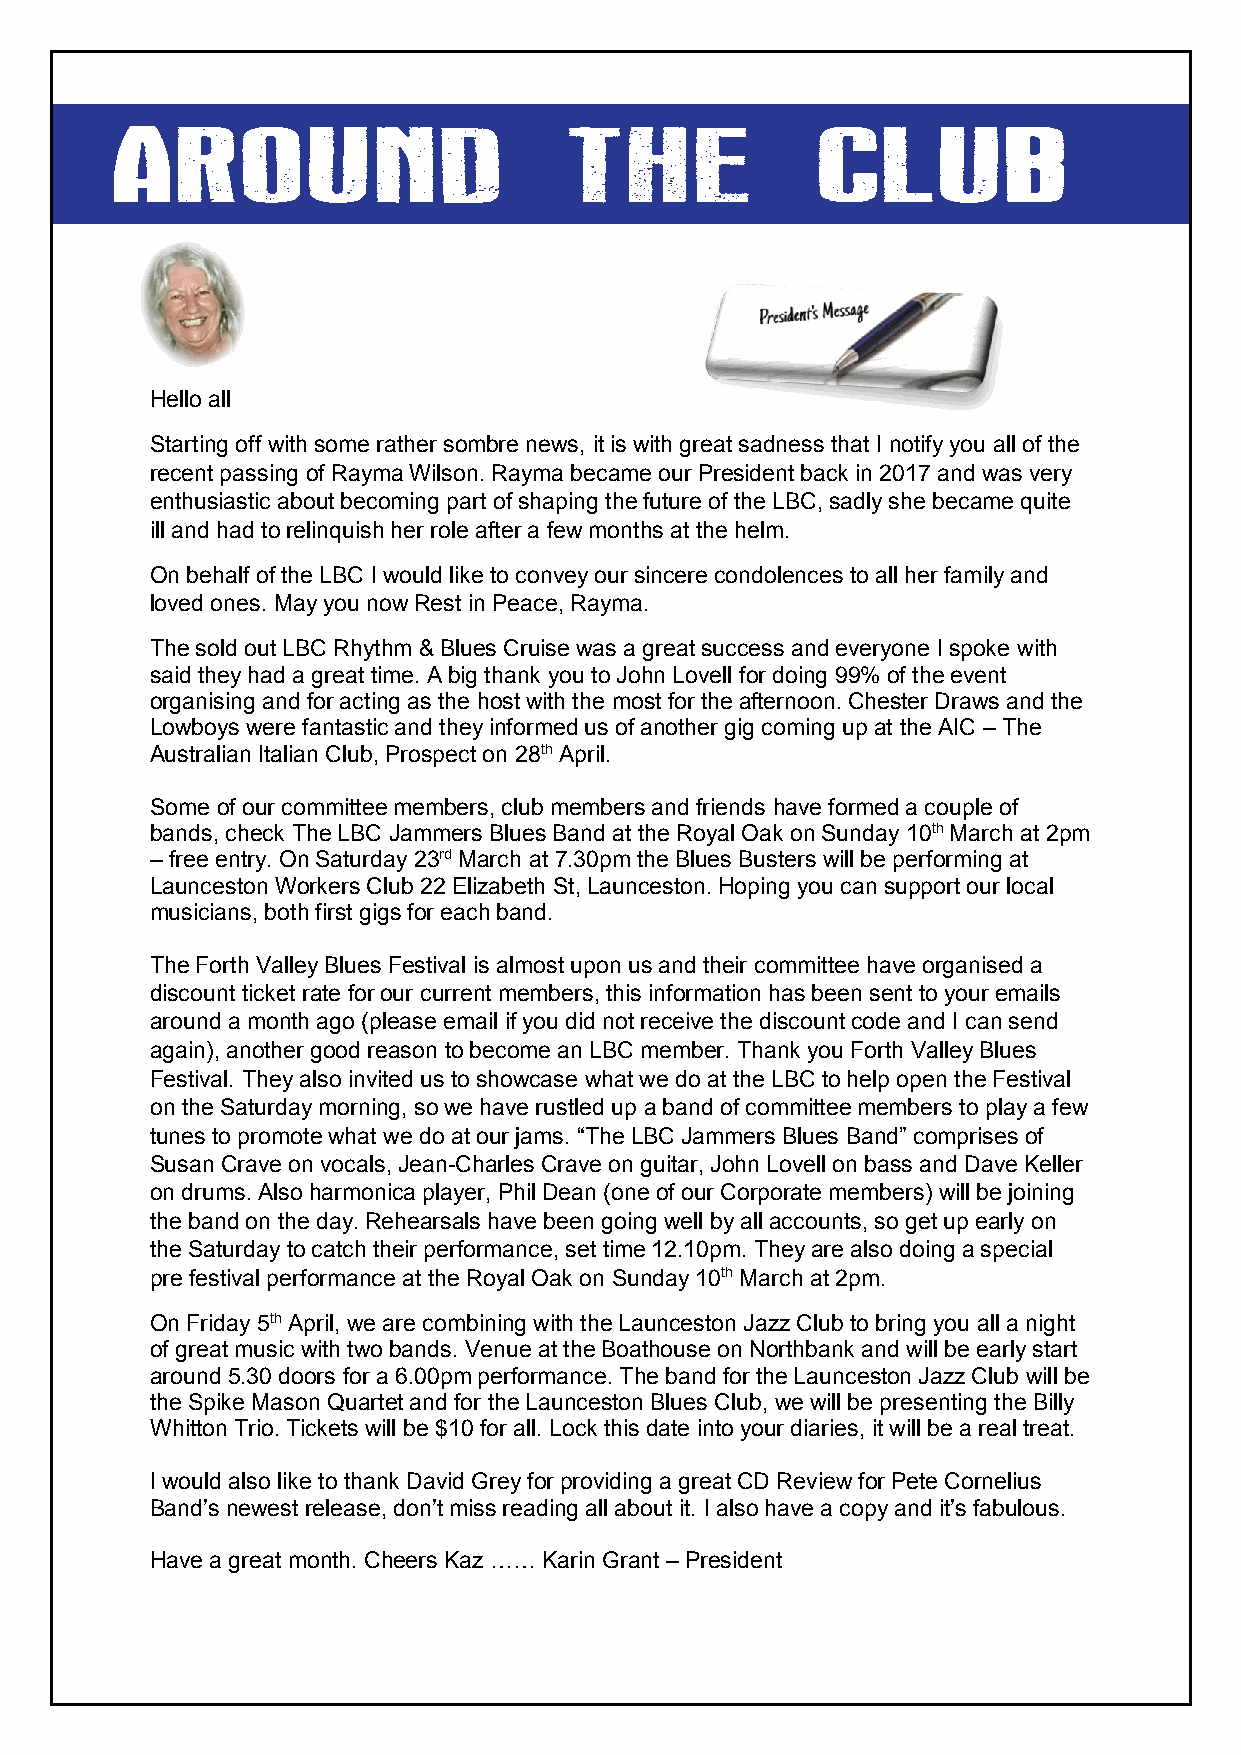
Hello all
 Starting off with some rather sombre news, it is with great sadness that I notify you all of the
 recent passing of Rayma Wilson. Rayma became our President back in 2017 and was very
 enthusiastic about becoming part of shaping the future of the LBC, sadly she became quite
 ill and had to relinquish her role after a few months at the helm.
 On behalf of the LBC I would like to convey our sincere condolences to all her family and
 loved ones. May you now Rest in Peace, Rayma.
 The sold out LBC Rhythm & Blues Cruise was a great success and everyone I spoke with
 said they had a great time. A big thank you to John Lovell for doing 99% of the event
 organising and for acting as the host with the most for the afternoon. Chester Draws and the
 Lowboys were fantastic and they informed us of another gig coming up at the AIC – The
 Australian Italian Club, Prospect on 28th April.
 Some of our committee members, club members and friends have formed a couple of
 bands, check The LBC Jammers Blues Band at the Royal Oak on Sunday 10th March at 2pm
 – free entry. On Saturday 23rd March at 7.30pm the Blues Busters will be performing at
 Launceston Workers Club 22 Elizabeth St, Launceston. Hoping you can support our local
 musicians, both first gigs for each band.
 The Forth Valley Blues Festival is almost upon us and their committee have organised a
 discount ticket rate for our current members, this information has been sent to your emails
 around a month ago (please email if you did not receive the discount code and I can send
 again), another good reason to become an LBC member. Thank you Forth Valley Blues
 Festival. They also invited us to showcase what we do at the LBC to help open the Festival
 on the Saturday morning, so we have rustled up a band of committee members to play a few
 tunes to promote what we do at our jams. “The LBC Jammers Blues Band” comprises of
 Susan Crave on vocals, Jean-Charles Crave on guitar, John Lovell on bass and Dave Keller
 on drums. Also harmonica player, Phil Dean (one of our Corporate members) will be joining
 the band on the day. Rehearsals have been going well by all accounts, so get up early on
 the Saturday to catch their performance, set time 12.10pm. They are also doing a special
 pre festival performance at the Royal Oak on Sunday 10th March at 2pm.
 On Friday 5th April, we are combining with the Launceston Jazz Club to bring you all a night
 of great music with two bands. Venue at the Boathouse on Northbank and will be early start
 around 5.30 doors for a 6.00pm performance. The band for the Launceston Jazz Club will be
 the Spike Mason Quartet and for the Launceston Blues Club, we will be presenting the Billy
 Whitton Trio. Tickets will be $10 for all. Lock this date into your diaries, it will be a real treat.
 I would also like to thank David Grey for providing a great CD Review for Pete Cornelius
 Band’s newest release, don’t miss reading all about it. I also have a copy and it’s fabulous.
 Have a great month. Cheers Kaz …… Karin Grant – President